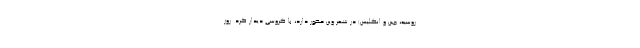
روسیه، چین و انگلیس) در شهر وین حضور دارد، با گروسی دیدار کرد. روز